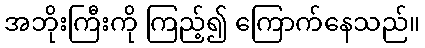
အဘိုးကြီးကို ကြည့်၍ ကြောက်နေသည်။